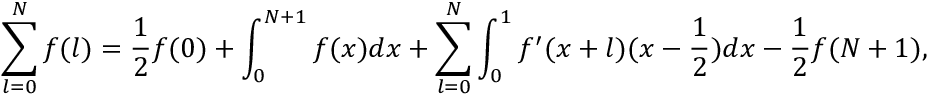
\sum _ { l = 0 } ^ { N } f ( l ) = \frac { 1 } { 2 } f ( 0 ) + \int _ { 0 } ^ { N + 1 } f ( x ) d x + \sum _ { l = 0 } ^ { N } \int _ { 0 } ^ { 1 } f ^ { \prime } ( x + l ) ( x - \frac { 1 } { 2 } ) d x - \frac { 1 } { 2 } f ( N + 1 ) ,